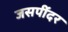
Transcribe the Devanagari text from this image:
जसपींदर